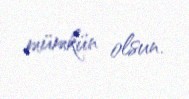
mümkün olsun.